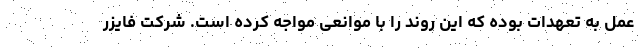
عمل به تعهدات بوده که این روند را با موانعی مواجه کرده است. شرکت فایزر